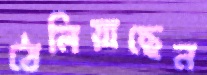
ঠেলিয়াছেন